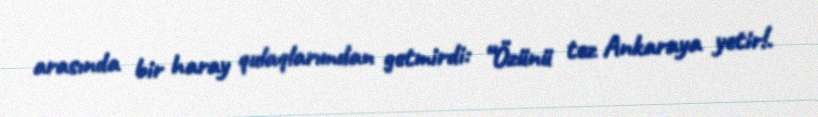
arasında bir haray qulaqlarımdan getmirdi: “Özünü tez Ankaraya yetir!.